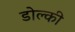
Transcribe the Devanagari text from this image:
डोल्की